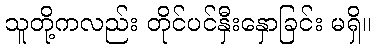
သူတို့ကလည်း တိုင်ပင်နှီးနှောခြင်း မရှိ။